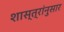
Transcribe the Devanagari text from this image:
शास्त्रांनुसार